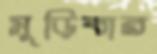
মুড়িবার